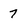
Character: 7